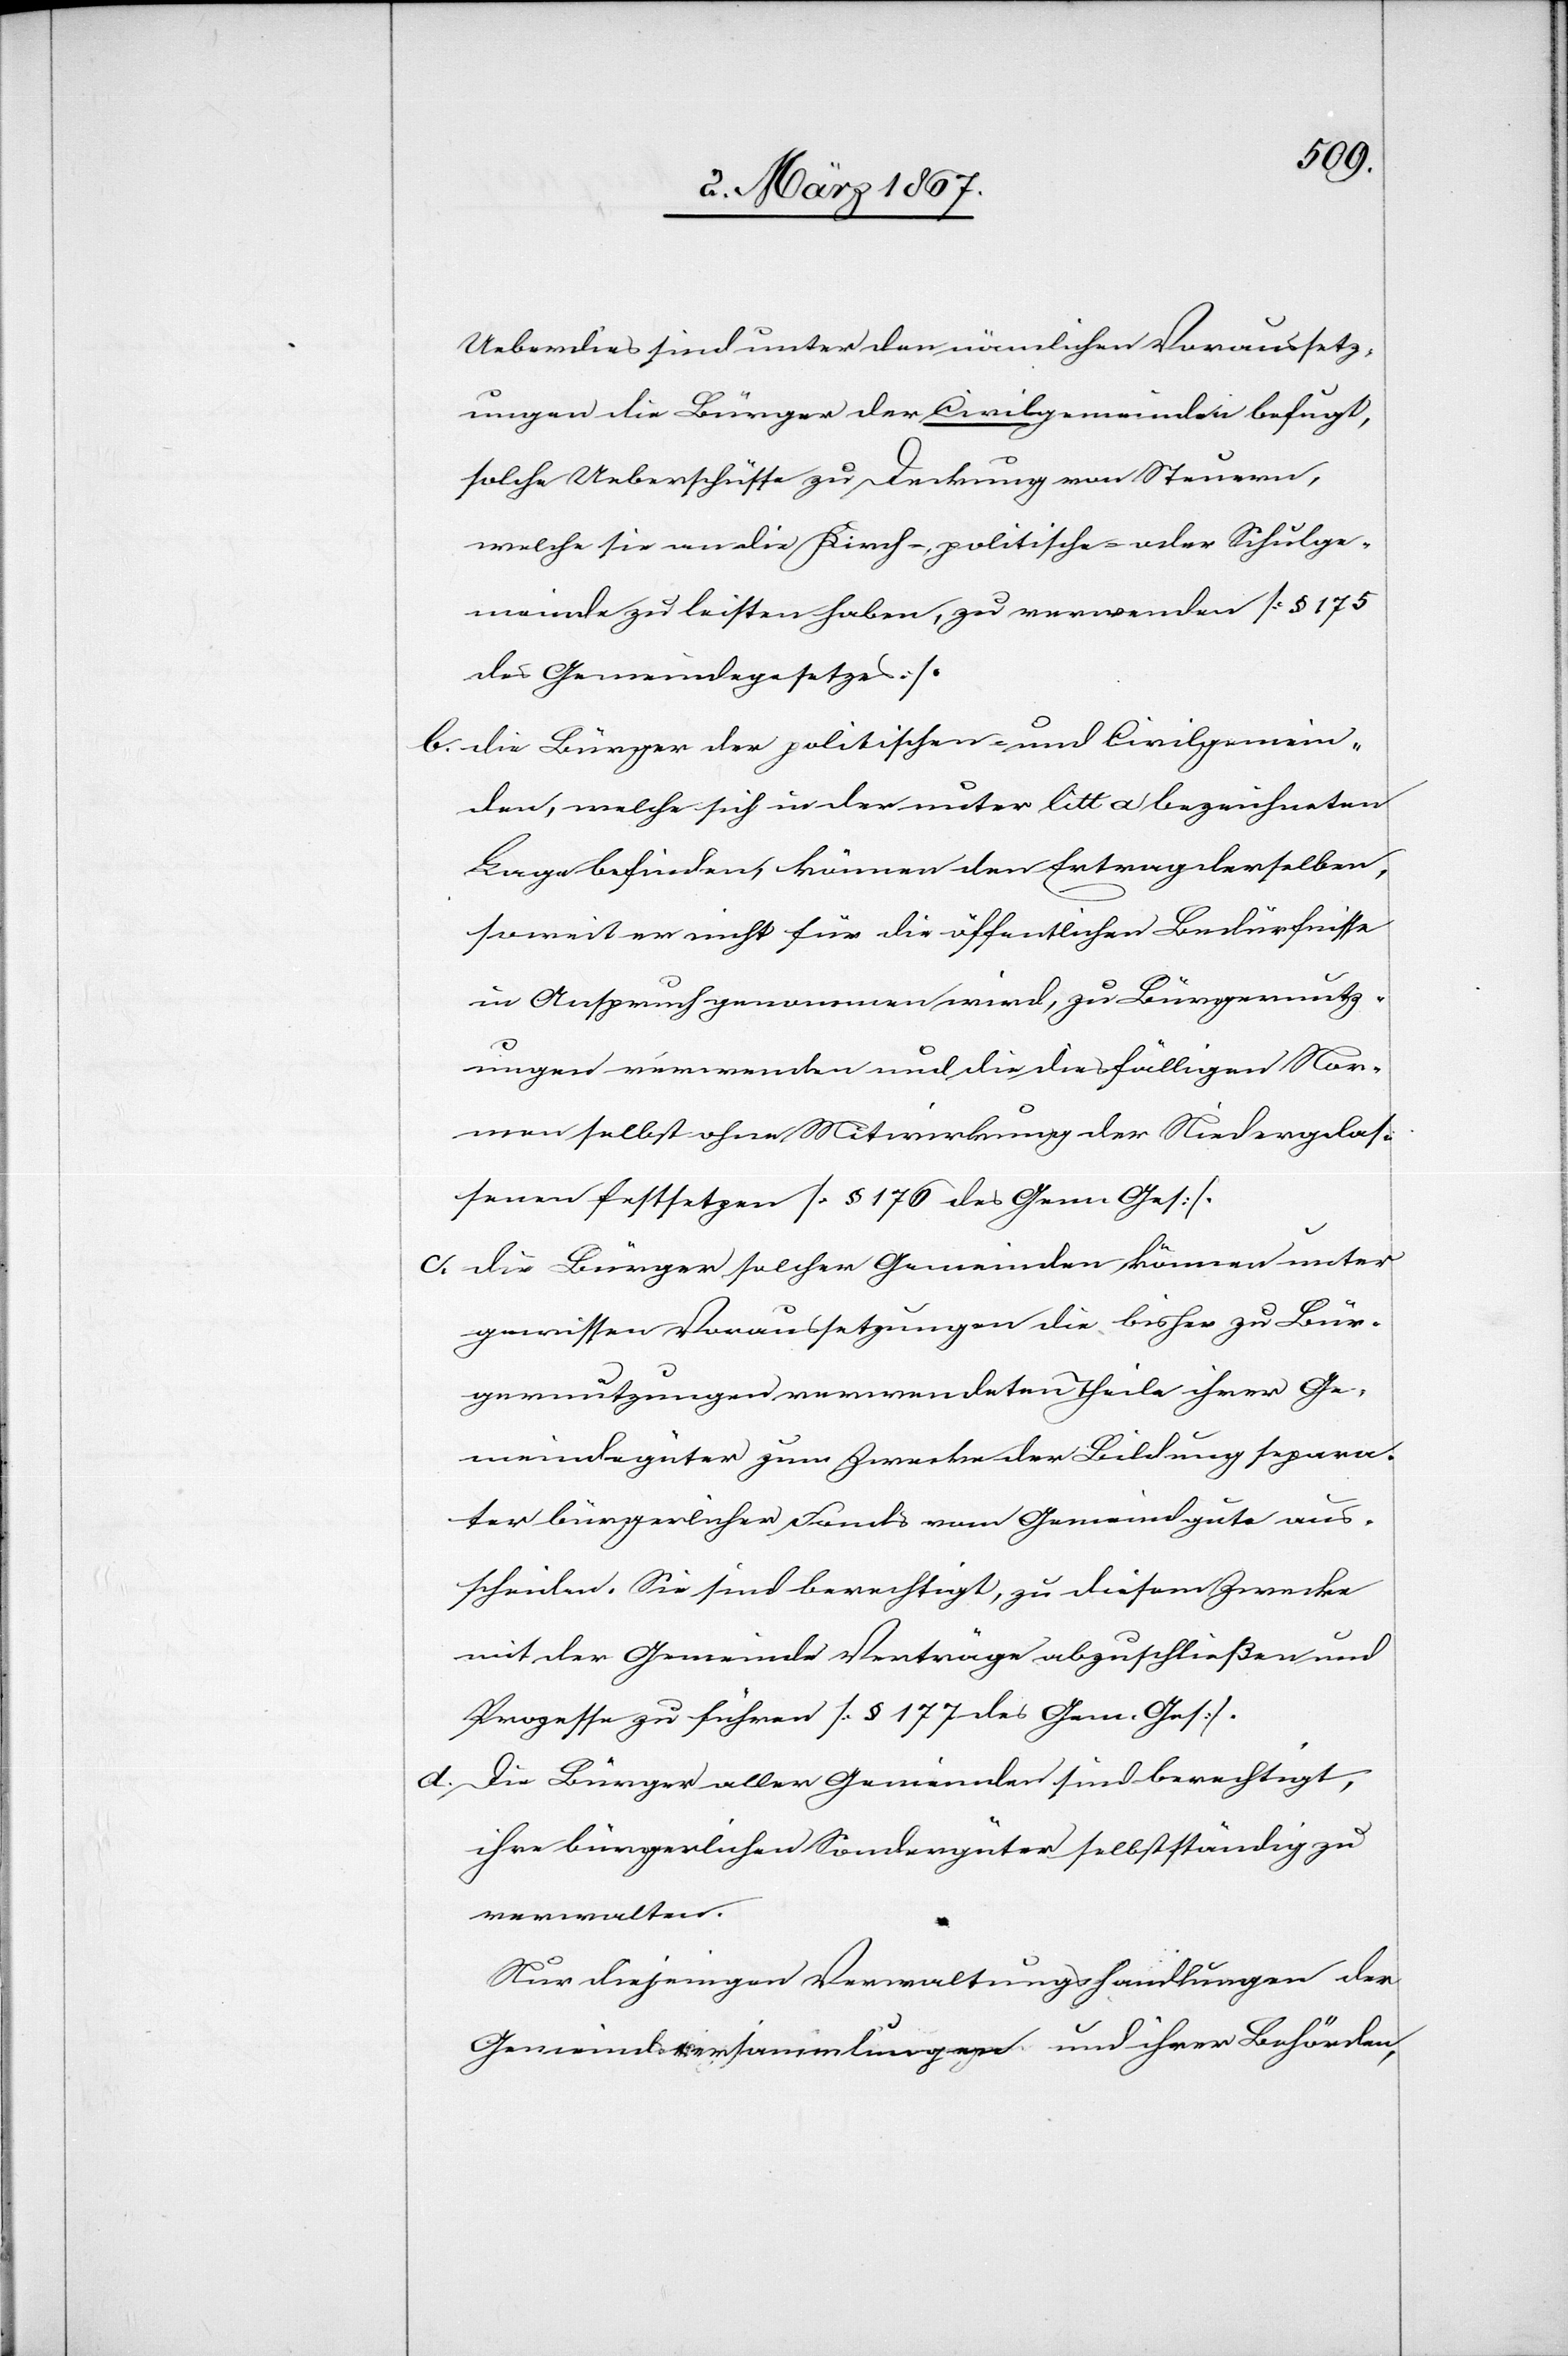
Ueberdies sind unter den nämlichen Voraussetz¬
ungen die Bürger der Civilgemeinde befugt,
solche Ueberschüsse zu Deckung von Steuern,
welche sie an die Kirch-, politische- oder Schulge¬
meinde zu leisten haben, zu verwenden [§ 175
des Gemeindegesetzes].
b. die Bürger der politischen- und Civilgemein¬
de, welche sich in der unter litt a bezeichneten
Lage befinden, können den Ertrag derselben
soweit er nicht für die öffentlichen Bedürfnisse
in Anspruch genommen wird, zu Bürgernutz¬
ungen verwenden und die diesfälligen Nor¬
men selbst ohne Mitwirkung der Niedergelas¬
senen festsetzen [§ 176 des Gem. Ges.].
c. die Bürger solcher Gemeinden können unter
gewissen Voraussetzungen die bisher zu Bür¬
gernutzungen verwendeten Theile ihrer Ge¬
meindegüter zum Zwecke der Bildung separa¬
ter bürgerlicher Fonds vom Gemeindgute aus¬
scheiden. Sie sind berechtigt, zu diesem Zwecke
mit der Gemeinde Verträge abzuschließen und
Prozesse zu führen [§ 177 des Gem. Ges].
d. Die Bürger aller Gemeinden sind berechtigt,
ihre bürgerlichen Sondergüter selbstständig zu
verwalten.
Nur diejenigen Verwaltungshandlungen der
Gemeindeversammlungen und ihrer Behörden,